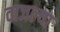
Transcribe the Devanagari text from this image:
वाजल्या